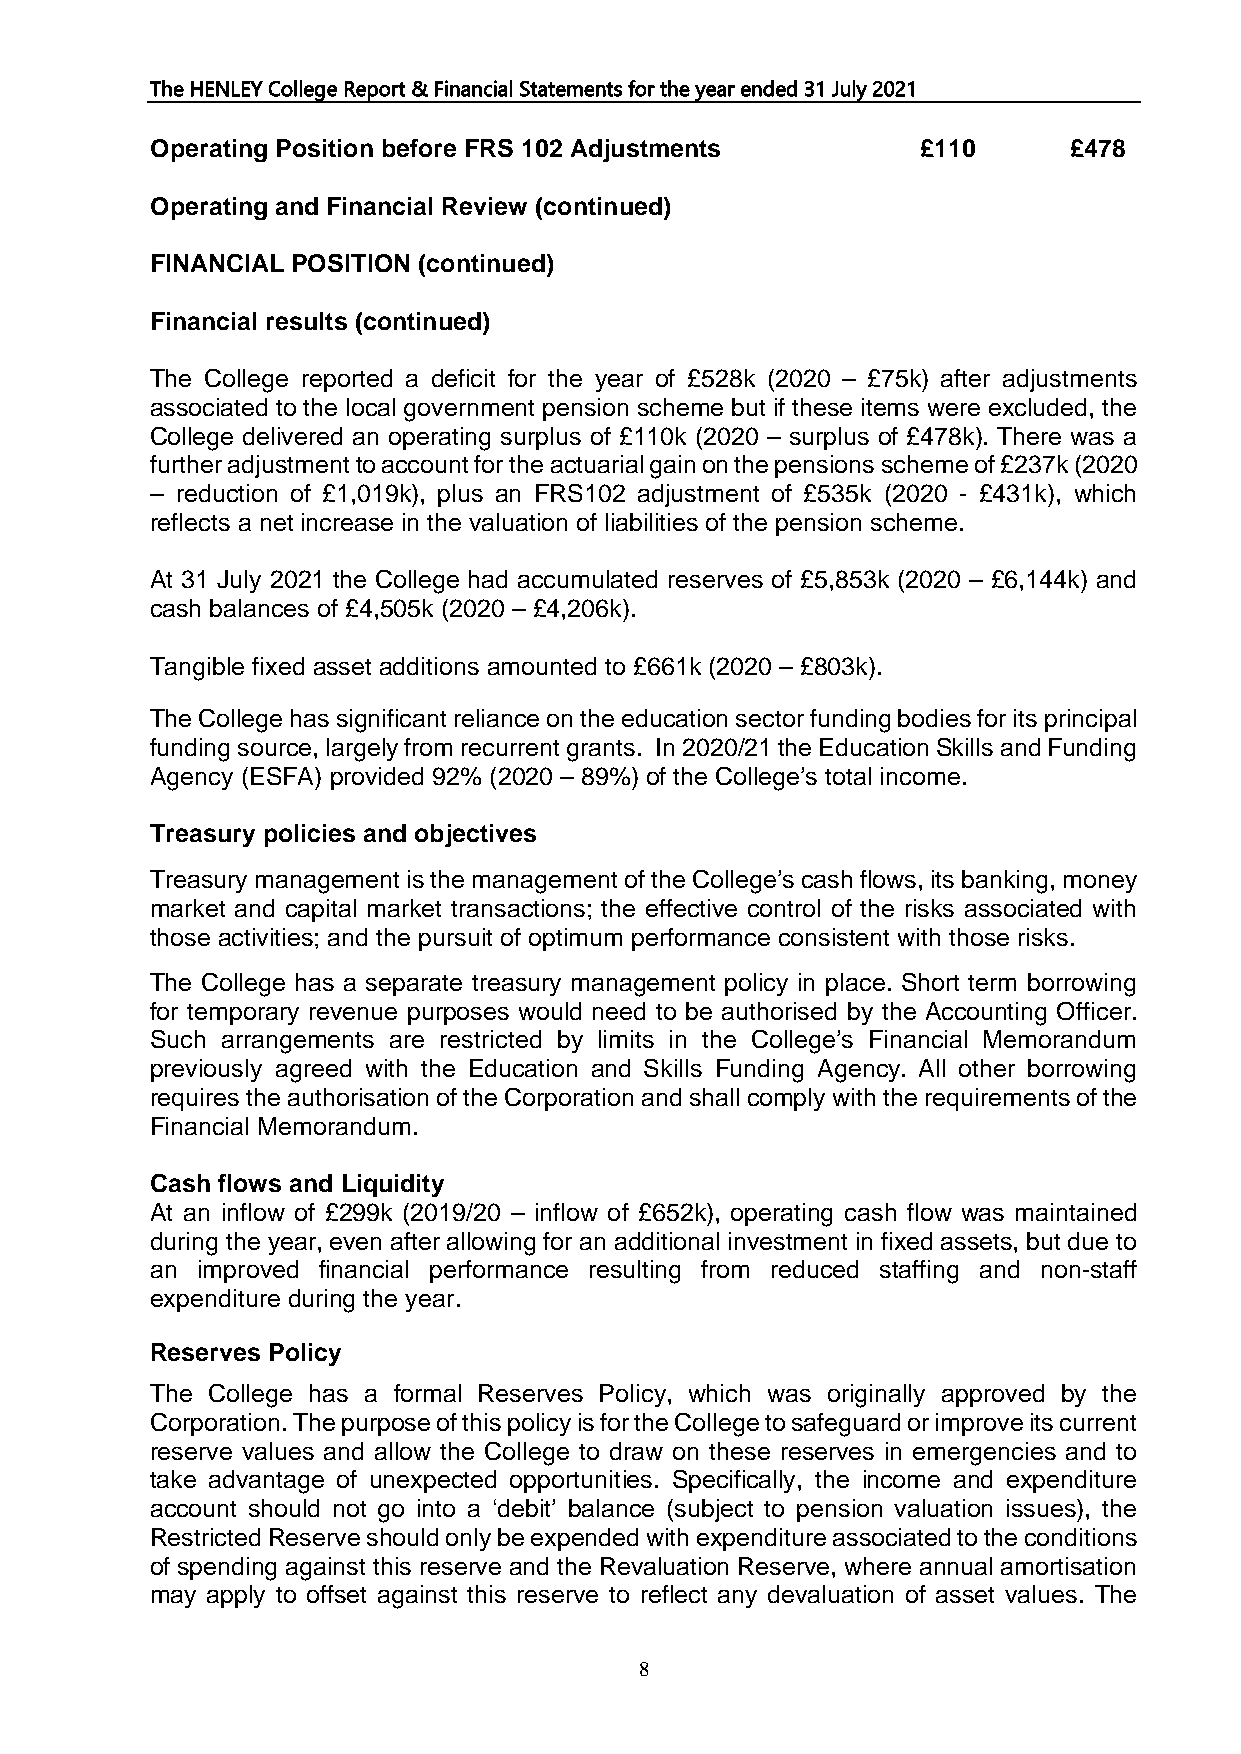
The HENLEY College Report & Financial Statements for the year ended 31 July 2021
 Operating Position before FRS 102 Adjustments      £110      £478
 Operating and Financial Review (continued)
 FINANCIAL POSITION (continued)
 Financial results (continued)
 The College reported a deficit for the year of £528k (2020 – £75k) after adjustments
 associated to the local government pension scheme but if these items were excluded, the
 College delivered an operating surplus of £110k (2020 – surplus of £478k). There was a
 further adjustment to account for the actuarial gain on the pensions scheme of £237k (2020
 – reduction of £1,019k), plus an FRS102 adjustment of £535k (2020 - £431k), which
 reflects a net increase in the valuation of liabilities of the pension scheme.
 At 31 July 2021 the College had accumulated reserves of £5,853k (2020 – £6,144k) and
 cash balances of £4,505k (2020 – £4,206k).
 Tangible fixed asset additions amounted to £661k (2020 – £803k).
 The College has significant reliance on the education sector funding bodies for its principal
 funding source, largely from recurrent grants. In 2020/21 the Education Skills and Funding
 Agency (ESFA) provided 92% (2020 – 89%) of the College’s total income.
 Treasury policies and objectives
 Treasury management is the management of the College’s cash flows, its banking, money
 market and capital market transactions; the effective control of the risks associated with
 those activities; and the pursuit of optimum performance consistent with those risks.
 The College has a separate treasury management policy in place. Short term borrowing
 for temporary revenue purposes would need to be authorised by the Accounting Officer.
 Such arrangements are restricted by limits in the College’s Financial Memorandum
 previously agreed with the Education and Skills Funding Agency. All other borrowing
 requires the authorisation of the Corporation and shall comply with the requirements of the
 Financial Memorandum.
 Cash flows and Liquidity
 At an inflow of £299k (2019/20 – inflow of £652k), operating cash flow was maintained
 during the year, even after allowing for an additional investment in fixed assets, but due to
 an improved financial performance resulting from reduced staffing and non-staff
 expenditure during the year.
 Reserves Policy
 The College has a formal Reserves Policy, which was originally approved by the
 Corporation. The purpose of this policy is for the College to safeguard or improve its current
 reserve values and allow the College to draw on these reserves in emergencies and to
 take advantage of unexpected opportunities. Specifically, the income and expenditure
 account should not go into a ‘debit’ balance (subject to pension valuation issues), the
 Restricted Reserve should only be expended with expenditure associated to the conditions
 of spending against this reserve and the Revaluation Reserve, where annual amortisation
 may apply to offset against this reserve to reflect any devaluation of asset values. The
 8